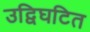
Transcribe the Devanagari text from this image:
उद्विघटित